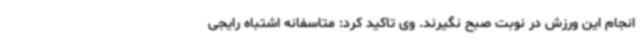
انجام این ورزش در نوبت صبح نگیرند. وی تاکید کرد: متاسفانه اشتباه رایجی